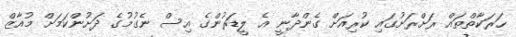
ހަރަކާތްތައް ރަށްރަށުގައި ކުރިއަށް ގެންދާނީ އެ ލީޑަރުންގެ އިސް ނެގުމުގެ ދަށުންކަމަށް މުއާޒް